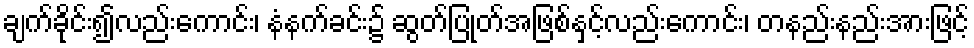
ချက်ခိုင်း၍လည်းကောင်း၊ နံနက်ခင်း၌ ဆွတ်ပြုတ်အဖြစ်နှင့်လည်းကောင်း၊ တနည်းနည်းအားဖြင့်